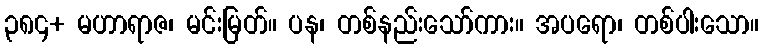
၃၈၄+ မဟာရာဇ၊ မင်းမြတ်။ ပန၊ တစ်နည်းသော်ကား။ အပရော၊ တစ်ပါးသော။